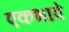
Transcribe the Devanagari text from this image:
एकभावे